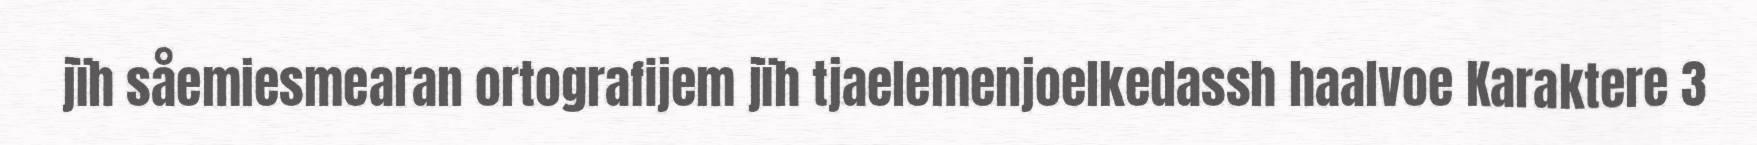
jïh såemiesmearan ortografijem jïh tjaelemenjoelkedassh haalvoe Karaktere 3